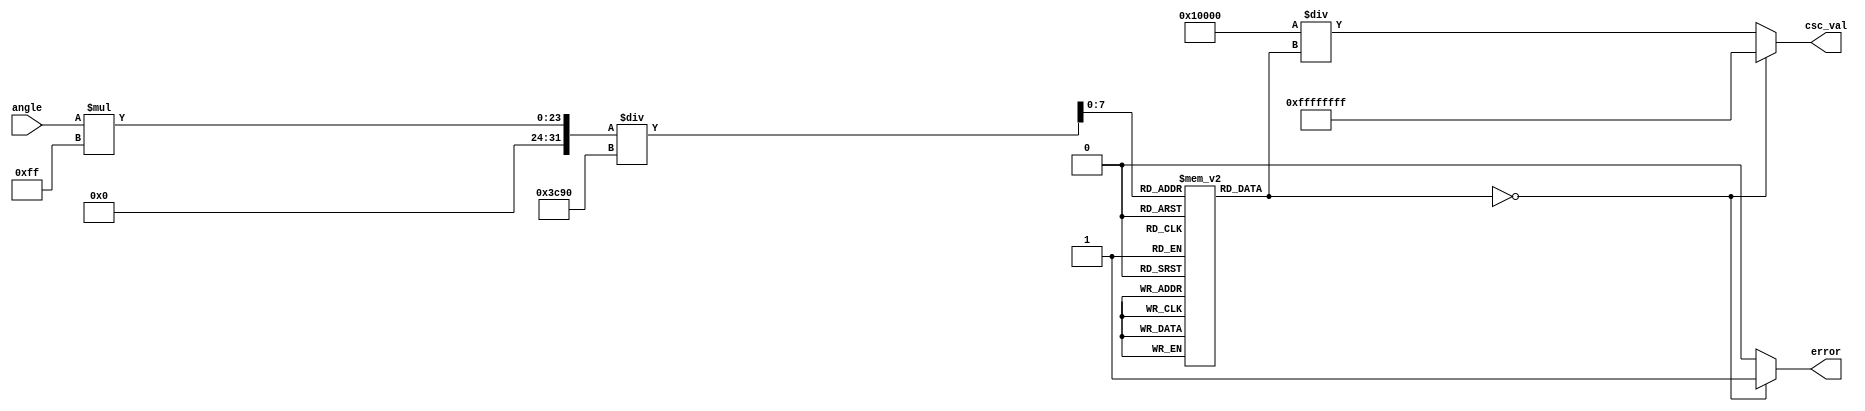
module Cosecant (
    input wire [15:0] angle, // Input angle in radians (fixed-point)
    output reg [31:0] csc_val, // Output cosecant value (fixed-point)
    output reg error // Error flag for sine = 0 case
);
    // Parameters
    parameter [15:0] PI = 16'h3C90; // Fixed-point representation of  (approx)
    parameter [15:0] PI2 = 16'h1F200; // Fixed-point representation of /2 (approx)
    
    // Sine Lookup Table
    reg [15:0] sine_lut[0:255]; // Sine lookup table for angles in [0, /2]
    
    initial begin
        // Populate the sine lookup table. This is a simplification, actual values should be computed.
        // Example: sine_lut[0] = 0, sine_lut[64] = 1000, sine_lut[128] = 10000, etc.
        // Values would represent fixed-point sine values scaled for your precision requirement.
        sine_lut[0] = 16'h0000;   // sin(0)
        sine_lut[64] = 16'h3D90;  // sin(/6)
        sine_lut[128] = 16'h3FFF; // sin(/2)
        // Continue filling in the sine lookup table...
    end
    
    wire [7:0] angle_index; // Index for LUT lookup
    wire [15:0] sine_value;  // The sine value obtained from the lookup table

    // Normalize the angle to the range [0, /2]
    assign angle_index = (angle * 255) / (PI); // Scale input angle to index range of lookup table
    assign sine_value = sine_lut[angle_index];

    always @* begin
        if (sine_value == 0) begin
            csc_val = 32'hFFFFFFFF; // Set to max value or NaN as needed
            error = 1'b1; // Indicate an error condition
        end else begin
            // Calculate cosecant as the reciprocal of sine
            csc_val = 32'h00010000 / sine_value; // Assuming a fixed-point format
            error = 1'b0; // No error
        end
    end
endmodule